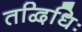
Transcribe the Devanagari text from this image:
तद्विधिः